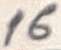
Text: 16